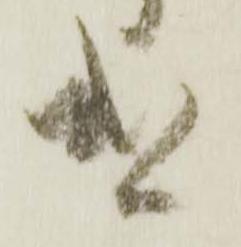
遣